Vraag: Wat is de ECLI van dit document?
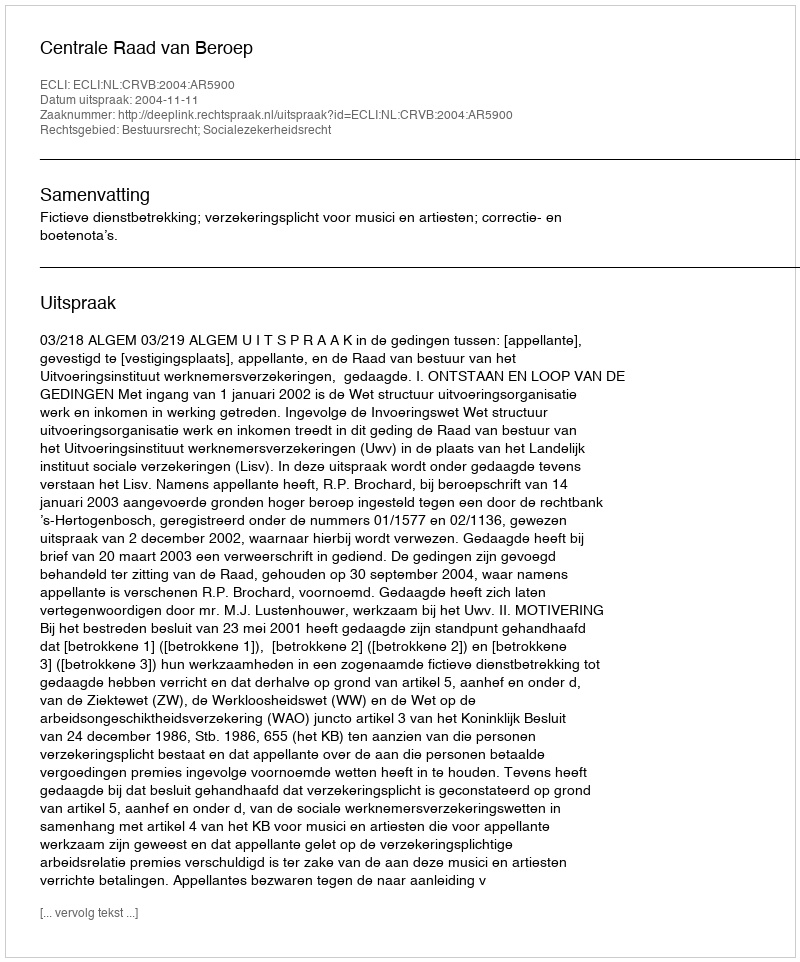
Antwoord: ECLI:NL:CRVB:2004:AR5900